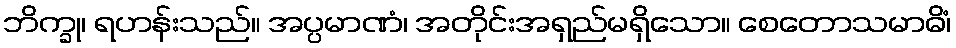
ဘိက္ခု၊ ရဟန်းသည်။ အပ္ပမာဏံ၊ အတိုင်းအရှည်မရှိသော။ စေတောသမာဓိံ၊